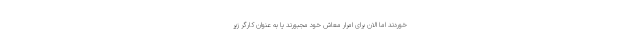
خوردند اما الان برای امرار معاش خود مجبورند یا به عنوان کارگر زیر